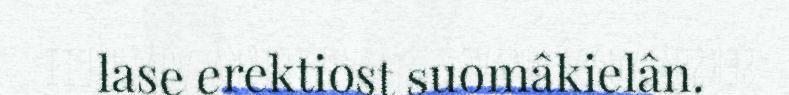
lase erektiost suomâkielân.